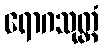
ရောဂသုတ္တံ